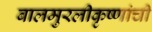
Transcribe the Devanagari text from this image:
बालमुरलीकृष्णांची